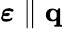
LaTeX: \boldsymbol{\varepsilon}\parallel\mathbf{q}